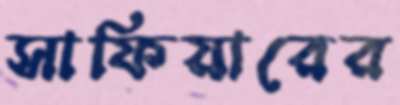
সাফিয়ারের